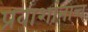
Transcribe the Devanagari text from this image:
प्रवाशांनाच